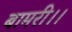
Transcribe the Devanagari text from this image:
बामरी।।